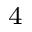
^ 4